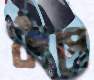
ফাঁপে